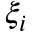
\xi _ { i }